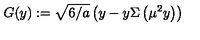
G ( y ) : = \sqrt { 6 / a } \left( y - y \Sigma \left( \mu ^ { 2 } y \right) \right)